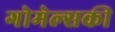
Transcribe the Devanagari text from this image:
गोमेल्सकी